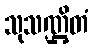
သုသဏ္ဌိတံ